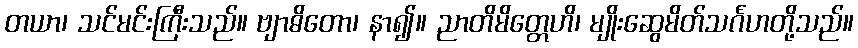
တယာ၊ သင်မင်းကြီးသည်။ ဗျာဓိတော၊ နာ၍။ ညာတိမိတ္တေဟိ၊ မျိုးဆွေမိတ်သင်္ဂဟတို့သည်။